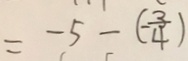
= - 5 - ( - \frac { 3 } { 4 } )